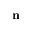
{ \bf n }